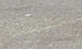
سليد